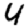
Digit: 4